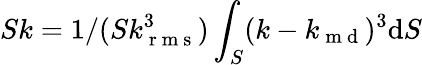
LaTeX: Sk=1/(Sk_{\mathrm{~r~m~s~}}^{3})\int_{S}(k-k_{\mathrm{~m~d~}})^{3}\mathrm{d}S